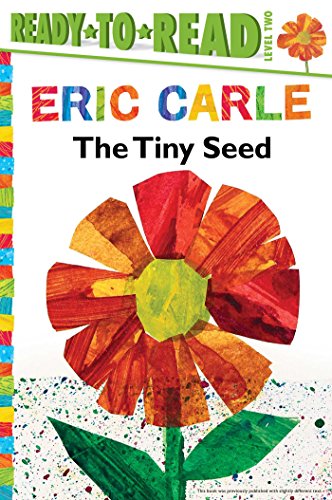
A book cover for The Tiny Seed (The World of Eric Carle); Eric Carle; Children's Books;